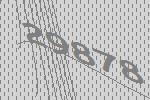
29878